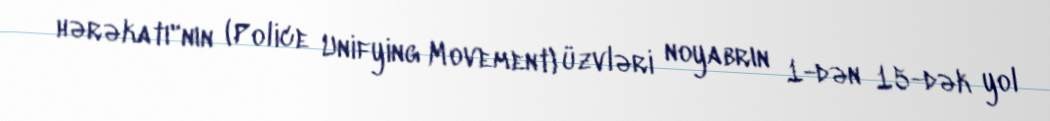
hərəkatı"nın (Police Unifying Movement) üzvləri noyabrın 1-dən 15-dək yol